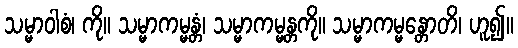
သမ္မာဝါစံ၊ ကို။ သမ္မာကမ္မန္တံ၊ သမ္မာကမ္မန္တကို။ သမ္မာကမ္မန္တောတိ၊ ဟူ၍။